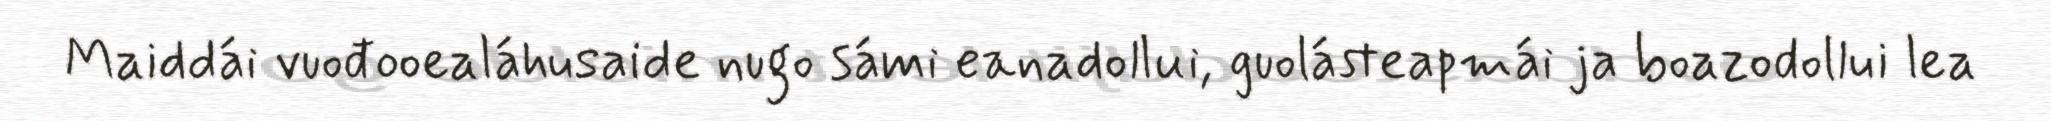
Maiddái vuođooealáhusaide nugo sámi eanadollui, guolásteapmái ja boazodollui lea